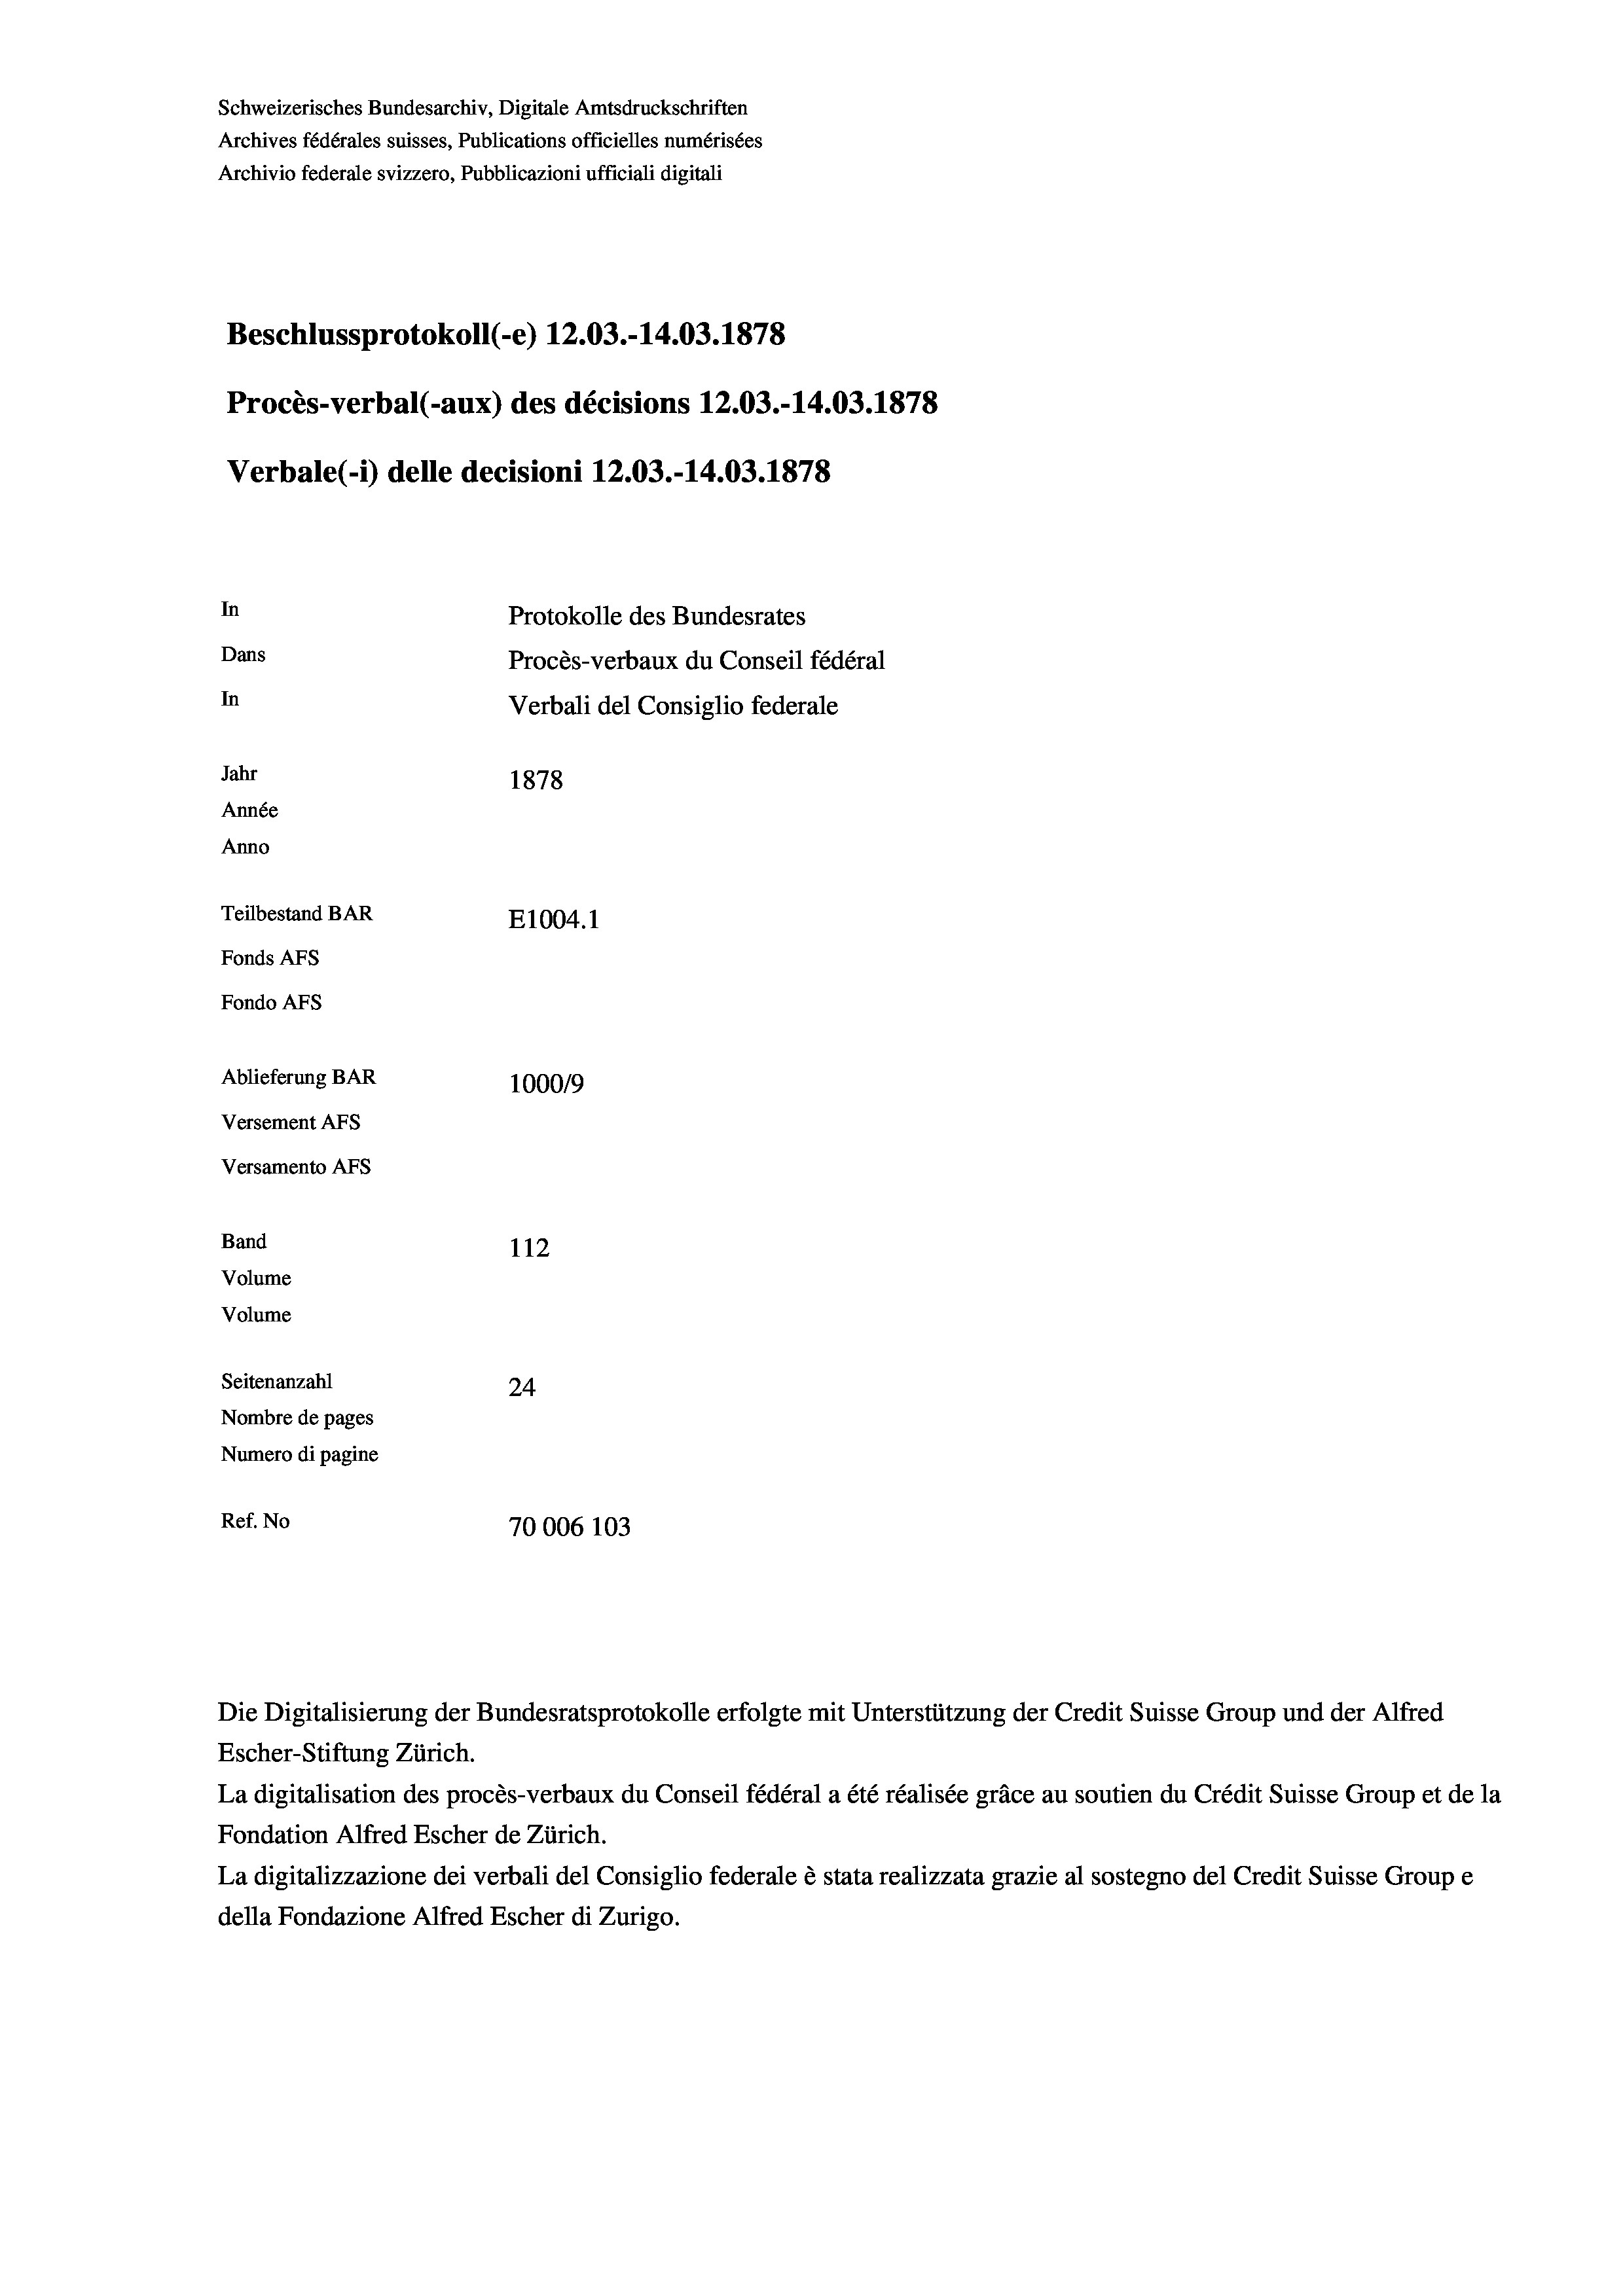
Schweizerisches Bundesarchiv, Digitale Amtsdruckschriften
Archives fédérales suisses, Publications officielles numérisées
Archivio federale svizzero, Pubblicazioni ufficiali digitali
Beschlussprotokoll (-e) 12.03.-14.03. 1878
Procès-verbal (-aux) des décisions 12.03.-14.03. 1878
Verbale (- 1) delle decisioni 12.03.-14.03. 1878
In
Protokolle des Bundesrates
Dans
Procès-verbaux du Conseil fédéral
In
Verbali del Consiglio federale
Jahr
1878
Année
Anno
Teilbestand BAR
E1004.1
Fonds AFs
Fondo Afs
Ablieferung BAR
10009
Versement Ans
Versamento AFs
Band
112
Volume
Volume

Seitenanzahl
24
Nombre de pages
Numero di pagine
Ref. No
70006 103

Escher-Stiftung Zürich.
La digitalisation des procès-verbaux du Conseil fédéral a été réalisée gräce au soutien du Crédit Suisse Group et de la
Fondation Alfred Escher de Zürich.
La digitalizzazione dei verbali del Consiglio federale è stata realizzata grazie al sostegno del Credit Suisse Groupe
della Fondazione Alfred Escher di Zurigo.

Die Digitalisierung der Bundesratsprotokolle erfolgte mit Unterstützung der Credit Suisse Group und der Alfred